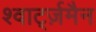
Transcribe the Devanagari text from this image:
श्वार्ट्ज़मैन